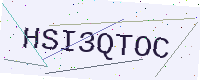
Text: HSI3QTOC